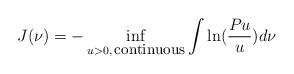
LaTeX: \begin{align*}J(\nu)=-\inf_{u>0,\,\mbox{\small continuous}}\int\ln(\frac {Pu}u)d\nu\end{align*}